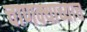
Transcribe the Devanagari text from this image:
चाणक्याच्याच